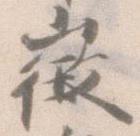
徴